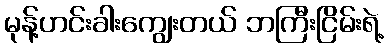
မုန့်ဟင်းခါးကျွေးတယ် ဘကြီးငြိမ်းရဲ့